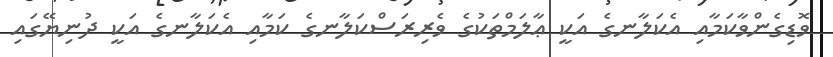
ވޮޑިގެންވާކަމާއި އެކަލާނގެ އަކީ ޢާލަމްތަކުގެ ވެރިރަސްކަލާނގެ ކަމާއި އެކަލާނގެ އަކީ ދުނިޔޭގައި